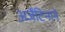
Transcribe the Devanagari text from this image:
अर्जेंटिनाने